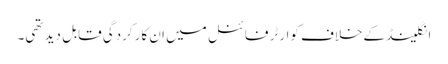
انگلینڈ کےخلاف کوارٹر فائنل میں ان کارکردگی قابلِ دید تھی۔